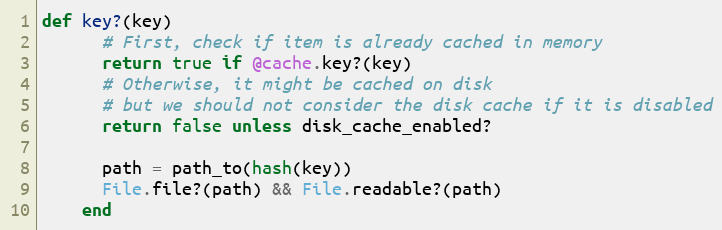
Language: Ruby
def key?(key)
      # First, check if item is already cached in memory
      return true if @cache.key?(key)
      # Otherwise, it might be cached on disk
      # but we should not consider the disk cache if it is disabled
      return false unless disk_cache_enabled?

      path = path_to(hash(key))
      File.file?(path) && File.readable?(path)
    end